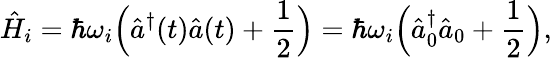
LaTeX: \hat{H}_{i}=\hbar\omega_{i}\Bigl(\hat{a}^{\dagger}(t)\hat{a}(t)+\frac{1}{2}\Bigr)=\hbar\omega_{i}\Bigl(\hat{a}_{0}^{\dagger}\hat{a}_{0}+\frac{1}{2}\Bigr),